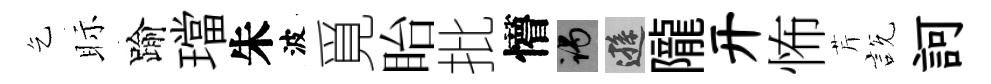
乞眎踰璫朱波覓眙批懵谒遜隴开怖芹説訶